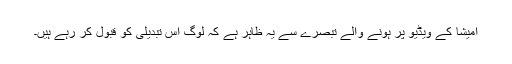
امیشا کے ویڈیو پر ہونے والے تبصرے سے یہ ظاہر ہے کہ لوگ اس تبدیلی کو قبول کر رہے ہیں۔